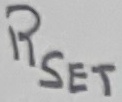
Text: RSET